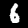
Digit: 6